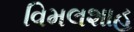
વિમલશાહ